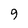
Character: 9